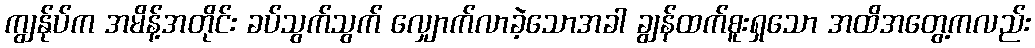
ကျွန်ုပ်က အမိန့်အတိုင်း ခပ်သွက်သွက် လျှောက်လာခဲ့သောအခါ ချွန်ထက်စူးရှသော အထိအတွေ့ကလည်း